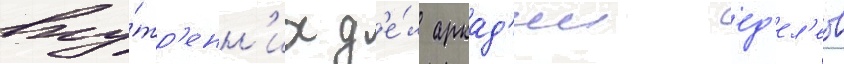
вну́тр'енн'их д'е́л аркад'ии ед'ел'ев